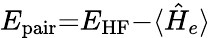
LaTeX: E_{\textrm{pair}}{=}E_{\textrm{HF}}{-}\langle\hat{H}_{e}\rangle